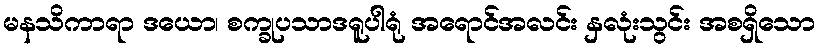
မနသိကာရာ ဒယော၊ စက္ခုပသာဒရူပါရုံ အရောင်အလင်း နှလုံးသွင်း အစရှိသော